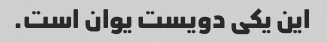
این یکی دویست یوان است.